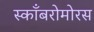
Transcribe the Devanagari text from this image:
स्काँबरोमोरस